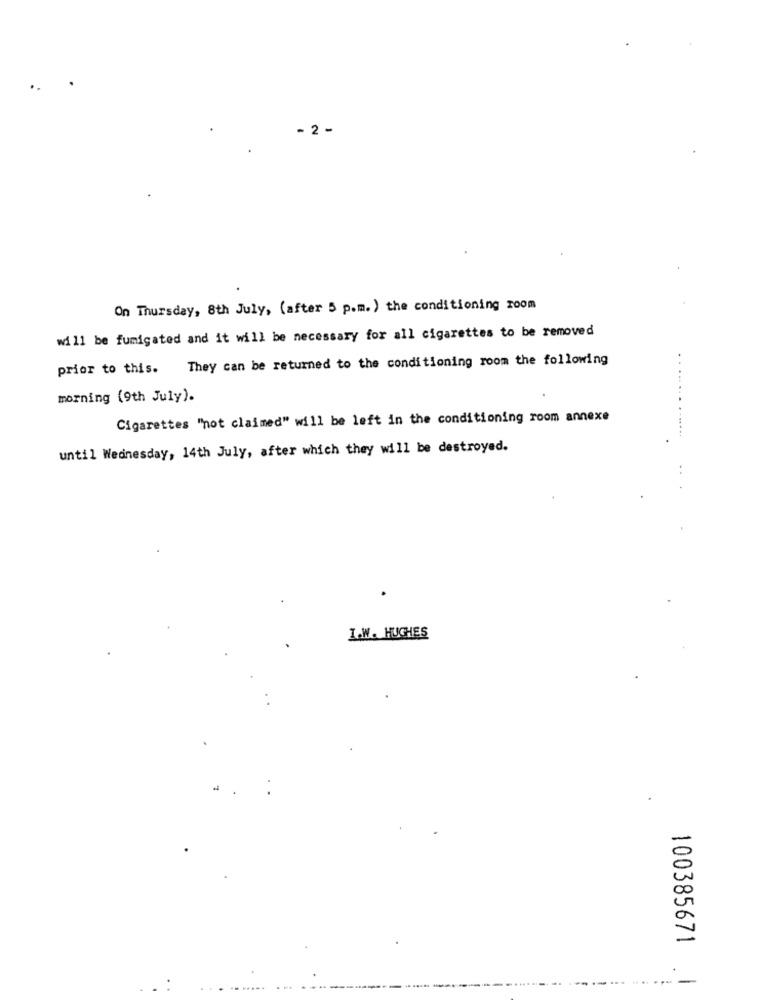
- 2 -
On Thursday, 8th July, (after 5 p.m. ) the conditioning room
will be fumigated and it will be necessary for all cigarettes to be removed
They can be returned to the conditioning room the following
prior to this.
....
morning (9th July).
Cigarettes "not claimed" will be left in the conditioning room annexe
until Wednesday, 14th July, after which they will be destroyed.
..
I.W. HUGHES
100385671